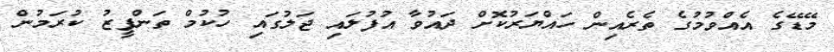
މޭޑޭގެ އެއްވުމުގެ ތެރެއިން ހައްޔަރުކޮށް ދައުވާ އުފުލައި ޖަލުގައި ހުކުމް ތަންފީޒު ކުރަމުން